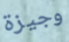
وجيزة